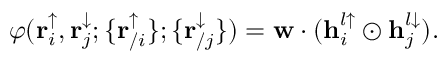
\varphi ( \mathbf { r } _ { i } ^ { \uparrow } , \mathbf { r } _ { j } ^ { \downarrow } ; \{ \mathbf { r } _ { / i } ^ { \uparrow } \} ; \{ \mathbf { r } _ { / j } ^ { \downarrow } \} ) = \mathbf { w } \cdot ( \mathbf { h } _ { i } ^ { l \uparrow } \odot \mathbf { h } _ { j } ^ { l \downarrow } ) .